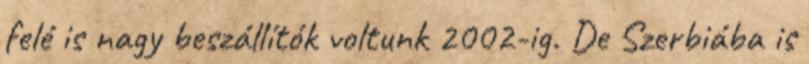
felé is nagy beszállítók voltunk 2002-ig. De Szerbiába is